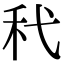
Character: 䄩